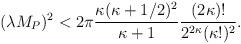
LaTeX: \begin{align*}(\lambda M_P)^2 < 2\pi\frac{\kappa(\kappa + 1/2)^2}{\kappa + 1} \frac{(2\kappa)!}{2^{2\kappa}(\kappa!)^2}.\end{align*}